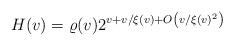
LaTeX: \begin{align*}H(v)=\varrho(v)2^{v+v/\xi(v)+O\left(v/\xi(v)^2\right)}\end{align*}